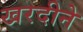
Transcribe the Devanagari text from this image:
खरदीने